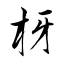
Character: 枒